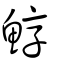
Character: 鯙